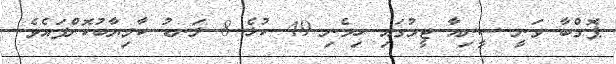
ޕޮގްބާ ވަނީ ސީނިއާ ޓީމުގައި ހިމެނި 49 ކުޅެ 8 ލަނޑު ކާމިޔާބުކޮށްފައެވެ.